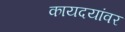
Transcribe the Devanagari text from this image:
कायदयांवर